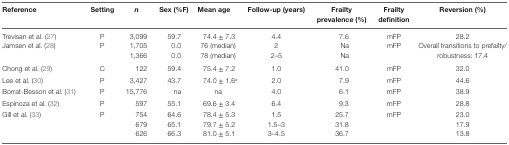
<table><thead><tr><td><b>Reference</b></td><td><b>Setting</b></td><td><b><i>n</i></b></td><td><b>Sex (%F)</b></td><td><b>Mean age</b></td><td><b>Follow-up (years)</b></td><td><b>Frailty prevalence (%)</b></td><td><b>Frailty definition</b></td><td><b>Reversion (%)</b></td></tr></thead><tbody><tr><td>Trevisan et al. (27)</td><td>P</td><td>3,099</td><td>59.7</td><td>74.4 ± 7.3</td><td>4.4</td><td>7.6</td><td>mFP</td><td>28.2</td></tr><tr><td rowspan="2">Jamsen et al. (28)</td><td rowspan="2">P</td><td>1,705</td><td>0.0</td><td>76 (median)</td><td>2</td><td>Na</td><td rowspan="2">mFP</td><td rowspan="2">Overall transitions to prefailty/robustness: 17.4</td></tr><tr><td>1,366</td><td>0.0</td><td>78 (median)</td><td>2–5</td><td>Na</td></tr><tr><td>Chong et al. (29)</td><td>C</td><td>122</td><td>59.4</td><td>75.4 ± 7.2</td><td>1.0</td><td>41.0</td><td>mFP</td><td>32.0</td></tr><tr><td>Lee et al. (30)</td><td>P</td><td>3,427</td><td>43.7</td><td>74.0 ± 1.6<sup>a</sup></td><td>2.0</td><td>7.9</td><td>mFP</td><td>44.6</td></tr><tr><td>Borrat-Besson et al. (31)</td><td>P</td><td>15,776</td><td>na</td><td>na</td><td>4.0</td><td>6.1</td><td>mFP</td><td>38.9</td></tr><tr><td>Espinoza et al. (32)</td><td>P</td><td>597</td><td>55.1</td><td>69.6 ± 3.4</td><td>6.4</td><td>9.3</td><td>mFP</td><td>28.8</td></tr><tr><td rowspan="3">Gill et al. (33)</td><td rowspan="3">P</td><td>754</td><td>64.6</td><td>78.4 ± 5.3</td><td>1.5</td><td>25.7</td><td rowspan="3">mFP</td><td>23.0</td></tr><tr><td>679</td><td>65.1</td><td>79.7 ± 5.2</td><td>1.5–3</td><td>31.8</td><td>17.9</td></tr><tr><td>626</td><td>66.3</td><td>81.0 ± 5.1</td><td>3–4.5</td><td>36.7</td><td>13.8</td></tr></tbody></table>